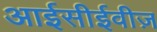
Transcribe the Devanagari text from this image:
आईसीईवीज़